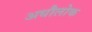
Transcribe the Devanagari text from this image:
अधौलोक